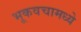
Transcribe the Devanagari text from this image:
भूकवचामध्ये